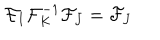
\mathcal { F } _ { I } \mathcal { F } _ { K } ^ { - 1 } \mathcal { F } _ { J } = \mathcal { F } _ { J }